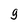
Character: 9